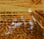
أواخر